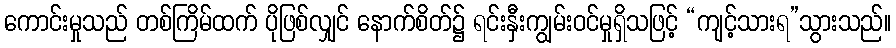
ကောင်းမှုသည် တစ်ကြိမ်ထက် ပိုဖြစ်လျှင် နောက်စိတ်၌ ရင်းနှီးကျွမ်းဝင်မှုရှိသဖြင့် “ကျင့်သားရ”သွားသည်။